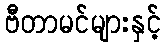
ဗီတာမင်များနှင့်